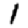
Digit: 1